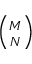
\scriptstyle { \binom { M } { N } }